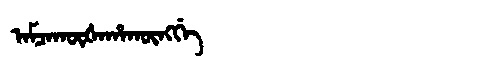
Manchu: ᠠᠮᠴᠠᡴᡡᡧᠠᡥᠠᡴᡡᠩᡤᡝ
Romanization: AMCAKŪŠAHAKŪNGGE